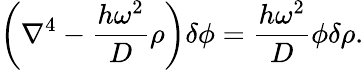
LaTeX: \left(\nabla^{4}-\frac{h\omega^{2}}{D}\rho\right)\delta\phi=\frac{h\omega^{2}}{D}\phi\delta\rho.